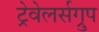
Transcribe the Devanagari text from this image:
ट्रेवेलर्सग्रुप